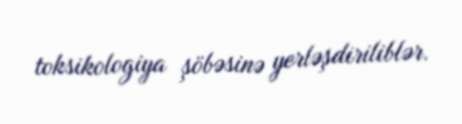
toksikologiya şöbəsinə yerləşdiriliblər.